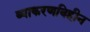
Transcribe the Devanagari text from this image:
व्याकरणविहीन